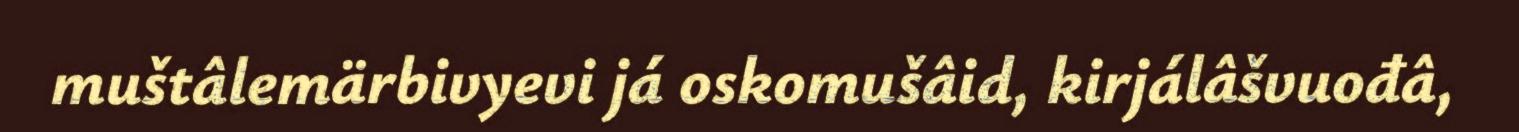
muštâlemärbivyevi já oskomušâid, kirjálâšvuođâ,